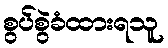
စွပ်စွဲခံထားရသူ